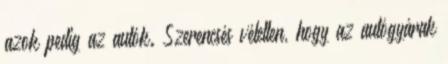
azok pedig az autók. Szerencsés véletlen, hogy az autógyárak